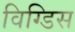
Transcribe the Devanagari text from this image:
विग्डिस